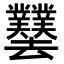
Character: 𫨱